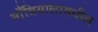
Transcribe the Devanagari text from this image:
माँत्रियालामधील